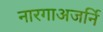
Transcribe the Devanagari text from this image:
नारगाअजर्नि